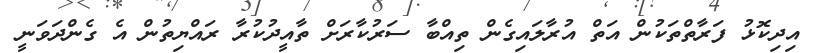
އިދިކޮޅު ފަރާތްތަކުން އަތް އުރާލައިގެން ތިއްބާ ސަރުކާރަށް ތާއީދުކުރާ ރައްޔިތުން އެ ގެންދަވަނީ